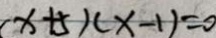
( x + 5 ) ( x - 1 ) = 0